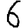
Digit: 6